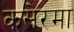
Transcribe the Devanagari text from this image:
कसेरमा